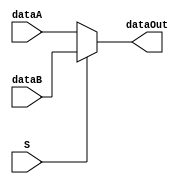
module m21( dataA,dataB,S,dataOut);

output dataOut ;
input dataA, dataB, S ;

assign dataOut = (S) ? dataB : dataA ;

endmodule